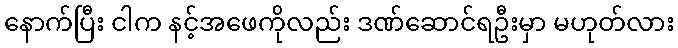
နောက်ပြီး ငါက နင့်အဖေကိုလည်း ဒဏ်ဆောင်ရဦးမှာ မဟုတ်လား